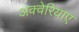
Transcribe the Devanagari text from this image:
अक्वेरियाए